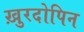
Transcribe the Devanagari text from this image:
ख़ुरदोपिन